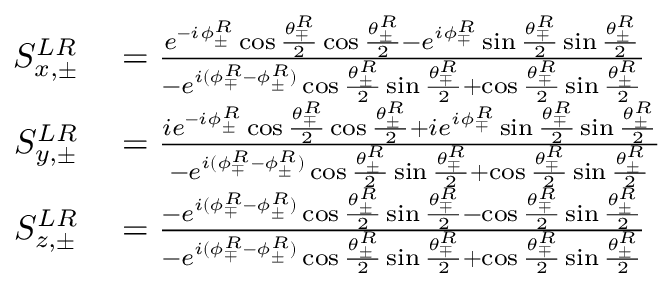
\begin{array} { r l } { S _ { x , \pm } ^ { L R } } & { { } = \frac { e ^ { - i \phi _ { \pm } ^ { R } } \cos { \frac { \theta _ { \mp } ^ { R } } { 2 } } \cos { \frac { \theta _ { \pm } ^ { R } } { 2 } } - e ^ { i \phi _ { \mp } ^ { R } } \sin { \frac { \theta _ { \mp } ^ { R } } { 2 } } \sin { \frac { \theta _ { \pm } ^ { R } } { 2 } } } { - e ^ { i ( \phi _ { \mp } ^ { R } - \phi _ { \pm } ^ { R } ) } \cos { \frac { \theta _ { \pm } ^ { R } } { 2 } } \sin { \frac { \theta _ { \mp } ^ { R } } { 2 } } + \cos { \frac { \theta _ { \mp } ^ { R } } { 2 } } \sin { \frac { \theta _ { \pm } ^ { R } } { 2 } } } } \\ { S _ { y , \pm } ^ { L R } } & { { } = \frac { i e ^ { - i \phi _ { \pm } ^ { R } } \cos { \frac { \theta _ { \mp } ^ { R } } { 2 } } \cos { \frac { \theta _ { \pm } ^ { R } } { 2 } } + i e ^ { i \phi _ { \mp } ^ { R } } \sin { \frac { \theta _ { \mp } ^ { R } } { 2 } } \sin { \frac { \theta _ { \pm } ^ { R } } { 2 } } } { - e ^ { i ( \phi _ { \mp } ^ { R } - \phi _ { \pm } ^ { R } ) } \cos { \frac { \theta _ { \pm } ^ { R } } { 2 } } \sin { \frac { \theta _ { \mp } ^ { R } } { 2 } } + \cos { \frac { \theta _ { \mp } ^ { R } } { 2 } } \sin { \frac { \theta _ { \pm } ^ { R } } { 2 } } } } \\ { S _ { z , \pm } ^ { L R } } & { { } = \frac { - e ^ { i ( \phi _ { \mp } ^ { R } - \phi _ { \pm } ^ { R } ) } \cos { \frac { \theta _ { \pm } ^ { R } } { 2 } } \sin { \frac { \theta _ { \mp } ^ { R } } { 2 } } - \cos { \frac { \theta _ { \mp } ^ { R } } { 2 } } \sin { \frac { \theta _ { \pm } ^ { R } } { 2 } } } { - e ^ { i ( \phi _ { \mp } ^ { R } - \phi _ { \pm } ^ { R } ) } \cos { \frac { \theta _ { \pm } ^ { R } } { 2 } } \sin { \frac { \theta _ { \mp } ^ { R } } { 2 } } + \cos { \frac { \theta _ { \mp } ^ { R } } { 2 } } \sin { \frac { \theta _ { \pm } ^ { R } } { 2 } } } } \end{array}